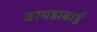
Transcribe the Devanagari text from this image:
बायडाबाई